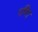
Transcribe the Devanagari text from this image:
गणिए